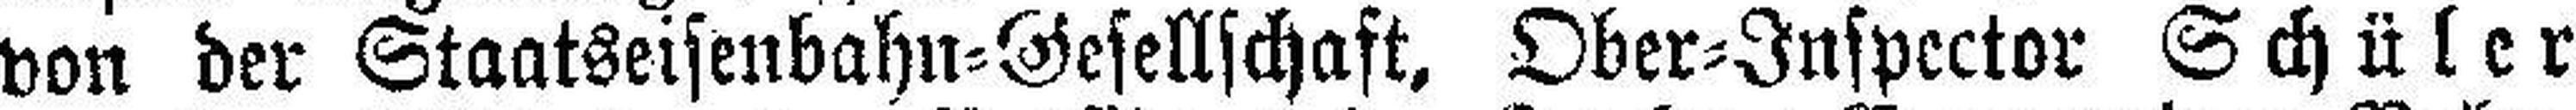
von der Staatseisenbahn=Gesellschaft, Ober=Inspector Schüler